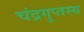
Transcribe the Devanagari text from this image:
चंद्रगुप्तस्य